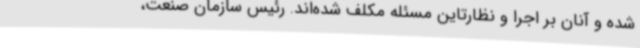
شده و آنان بر اجرا و نظارتاین مسئله مکلف شده‌اند. رئیس سازمان صنعت،